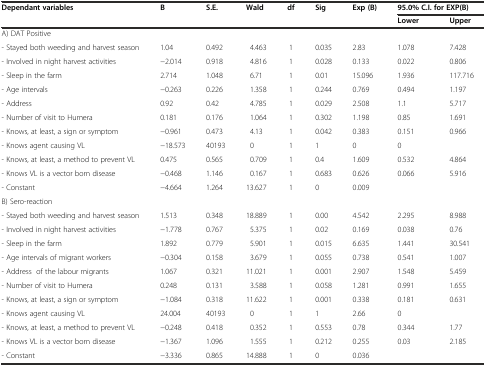
<table><thead><tr><td><b>Dependant variables</b></td><td><b>B</b></td><td><b>S.E.</b></td><td><b>Wald</b></td><td><b>df</b></td><td><b>Sig</b></td><td><b>Exp (B)</b></td><td colspan="2"><b>95.0% C.I. for EXP(B)</b></td></tr><tr><td></td><td></td><td></td><td></td><td></td><td></td><td></td><td><b>Lower</b></td><td><b>Upper</b></td></tr></thead><tbody><tr><td>A) DAT Positive</td><td></td><td></td><td></td><td></td><td></td><td></td><td></td><td></td></tr><tr><td>- Stayed both weeding and harvest season</td><td>1.04</td><td>0.492</td><td>4.463</td><td>1</td><td>0.035</td><td>2.83</td><td>1.078</td><td>7.428</td></tr><tr><td>- Involved in night harvest activities</td><td>−2.014</td><td>0.918</td><td>4.816</td><td>1</td><td>0.028</td><td>0.133</td><td>0.022</td><td>0.806</td></tr><tr><td>- Sleep in the farm</td><td>2.714</td><td>1.048</td><td>6.71</td><td>1</td><td>0.01</td><td>15.096</td><td>1.936</td><td>117.716</td></tr><tr><td>- Age intervals</td><td>−0.263</td><td>0.226</td><td>1.358</td><td>1</td><td>0.244</td><td>0.769</td><td>0.494</td><td>1.197</td></tr><tr><td>- Address</td><td>0.92</td><td>0.42</td><td>4.785</td><td>1</td><td>0.029</td><td>2.508</td><td>1.1</td><td>5.717</td></tr><tr><td>- Number of visit to Humera</td><td>0.181</td><td>0.176</td><td>1.064</td><td>1</td><td>0.302</td><td>1.198</td><td>0.85</td><td>1.691</td></tr><tr><td>- Knows, at least, a sign or symptom</td><td>−0.961</td><td>0.473</td><td>4.13</td><td>1</td><td>0.042</td><td>0.383</td><td>0.151</td><td>0.966</td></tr><tr><td>- Knows agent causing VL</td><td>−18.573</td><td>40193</td><td>0</td><td>1</td><td>1</td><td>0</td><td>0</td><td></td></tr><tr><td>- Knows, at least, a method to prevent VL</td><td>0.475</td><td>0.565</td><td>0.709</td><td>1</td><td>0.4</td><td>1.609</td><td>0.532</td><td>4.864</td></tr><tr><td>- Knows VL is a vector born disease</td><td>−0.468</td><td>1.146</td><td>0.167</td><td>1</td><td>0.683</td><td>0.626</td><td>0.066</td><td>5.916</td></tr><tr><td>- Constant</td><td>−4.664</td><td>1.264</td><td>13.627</td><td>1</td><td>0</td><td>0.009</td><td></td><td></td></tr><tr><td>B) Sero-reaction</td><td></td><td></td><td></td><td></td><td></td><td></td><td></td><td></td></tr><tr><td>- Stayed both weeding and harvest season</td><td>1.513</td><td>0.348</td><td>18.889</td><td>1</td><td>0.00</td><td>4.542</td><td>2.295</td><td>8.988</td></tr><tr><td>- Involved in night harvest activities</td><td>−1.778</td><td>0.767</td><td>5.375</td><td>1</td><td>0.02</td><td>0.169</td><td>0.038</td><td>0.76</td></tr><tr><td>- Sleep in the farm</td><td>1.892</td><td>0.779</td><td>5.901</td><td>1</td><td>0.015</td><td>6.635</td><td>1.441</td><td>30.541</td></tr><tr><td>- Age intervals of migrant workers</td><td>−0.304</td><td>0.158</td><td>3.679</td><td>1</td><td>0.055</td><td>0.738</td><td>0.541</td><td>1.007</td></tr><tr><td>- Address of the labour migrants</td><td>1.067</td><td>0.321</td><td>11.021</td><td>1</td><td>0.001</td><td>2.907</td><td>1.548</td><td>5.459</td></tr><tr><td>- Number of visit to Humera</td><td>0.248</td><td>0.131</td><td>3.588</td><td>1</td><td>0.058</td><td>1.281</td><td>0.991</td><td>1.655</td></tr><tr><td>- Knows, at least, a sign or symptom</td><td>−1.084</td><td>0.318</td><td>11.622</td><td>1</td><td>0.001</td><td>0.338</td><td>0.181</td><td>0.631</td></tr><tr><td>- Knows agent causing VL</td><td>24.004</td><td>40193</td><td>0</td><td>1</td><td>1</td><td>2.66</td><td>0</td><td></td></tr><tr><td>- Knows, at least, a method to prevent VL</td><td>−0.248</td><td>0.418</td><td>0.352</td><td>1</td><td>0.553</td><td>0.78</td><td>0.344</td><td>1.77</td></tr><tr><td>- Knows VL is a vector born disease</td><td>−1.367</td><td>1.096</td><td>1.555</td><td>1</td><td>0.212</td><td>0.255</td><td>0.03</td><td>2.185</td></tr><tr><td>- Constant</td><td>−3.336</td><td>0.865</td><td>14.888</td><td>1</td><td>0</td><td>0.036</td><td></td><td></td></tr></tbody></table>